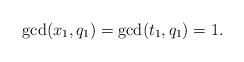
LaTeX: \begin{align*}\gcd(x_1, q_1)=\gcd(t_1, q_1)=1. \end{align*}